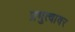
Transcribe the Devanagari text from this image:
प्रभुत्वावर